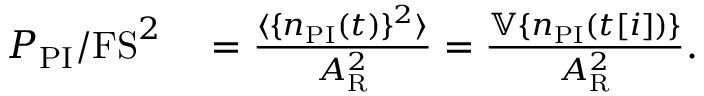
\begin{array} { r l } { P _ { \mathrm { P I } } / \mathrm { F S } ^ { 2 } } & { { } = \frac { \langle \{ n _ { \mathrm { P I } } ( t ) \} ^ { 2 } \rangle } { A _ { \mathrm { R } } ^ { 2 } } = \frac { \mathbb { V } \{ n _ { \mathrm { P I } } ( t [ i ] ) \} } { A _ { \mathrm { R } } ^ { 2 } } . } \end{array}